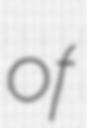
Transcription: of